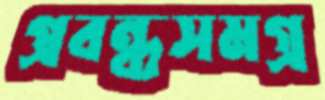
প্রবন্ধসমগ্র